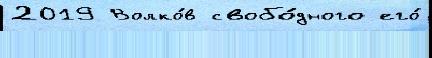
2019 Волко́в свобо́дного его́